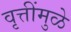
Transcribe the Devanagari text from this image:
वृत्तींमुळे